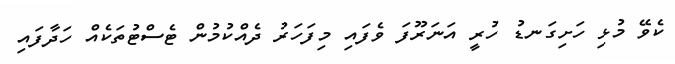
ކެވޭ މުޅި ހަށިގަނޑު ހުރީ އަނަރޫފަ ވެފައި މިފަހަރު ދެއްކުމުން ޓެސްޓުތަކެއް ހަދާފައި